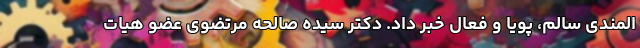
المندی سالم، پویا و فعال خبر داد. دکتر سیده صالحه مرتضوی عضو هیات